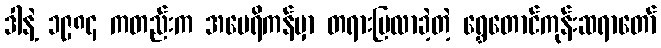
ဒါနဲ့ ၁၉၈၄ ကတည်းက အမေရိကန်မှာ တရားပြလာခဲ့တဲ့ ရွှေတောင်ကုန်းဆရာတော်